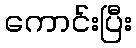
ကောင်းပြီး